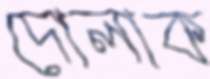
দোলাক